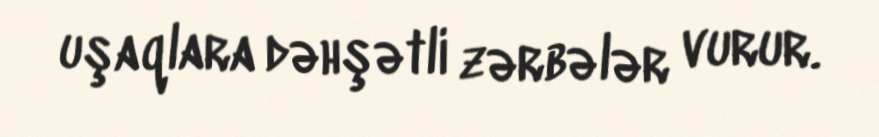
uşaqlara dəhşətli zərbələr vurur.